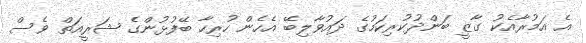
އެ އަމުރާއެކު ގާޒީ ބަންދުކުރިކަމުގެ ދައުވާލިބޭ އެހެން ހުރިހާ ބޭފުޅުންގެ ޝަރީއަތް ވެސް